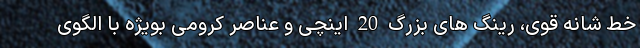
خط شانه قوی، رینگ های بزرگ 20 اینچی و عناصر کرومی بویژه با الگوی